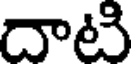
దాటి